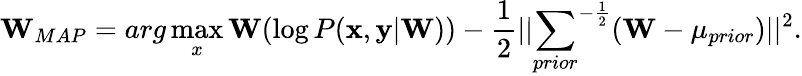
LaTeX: \mathbf{W}_{{MAP}}=arg\operatorname*{max}_{x}{\mathbf{W}}(\log P({\mathbf{x}},{\mathbf{y}}|\mathbf{W}))-\frac{1}{2}||{\sum_{prior}}^{-\frac{1}{2}}(\mathbf{W}-\mu_{prior})||^{2}.